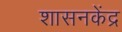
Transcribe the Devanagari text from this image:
शासनकेंद्र